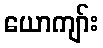
ယောကျာ်း